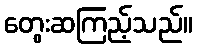
တွေးဆကြည့်သည်။